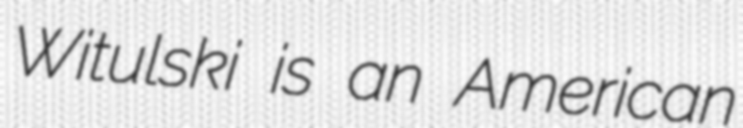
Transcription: Witulski is an American